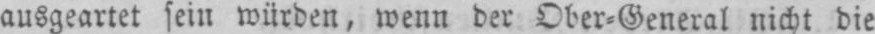
ausgeartet sein würden, wenn der Ober⸗General nicht die